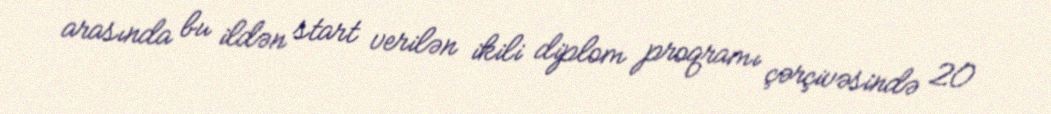
arasında bu ildən start verilən ikili diplom proqramı çərçivəsində 20